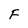
Character: F